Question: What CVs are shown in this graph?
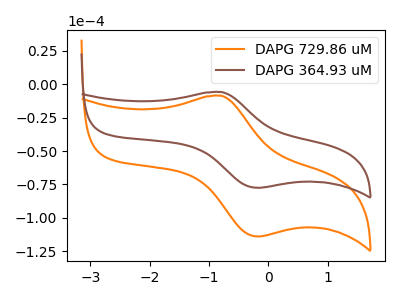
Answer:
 <answer>The orange curve is labeled "DAPG 729.86 uM". The brown curve is labeled "DAPG 364.93 uM".</answer>
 <eval></eval>